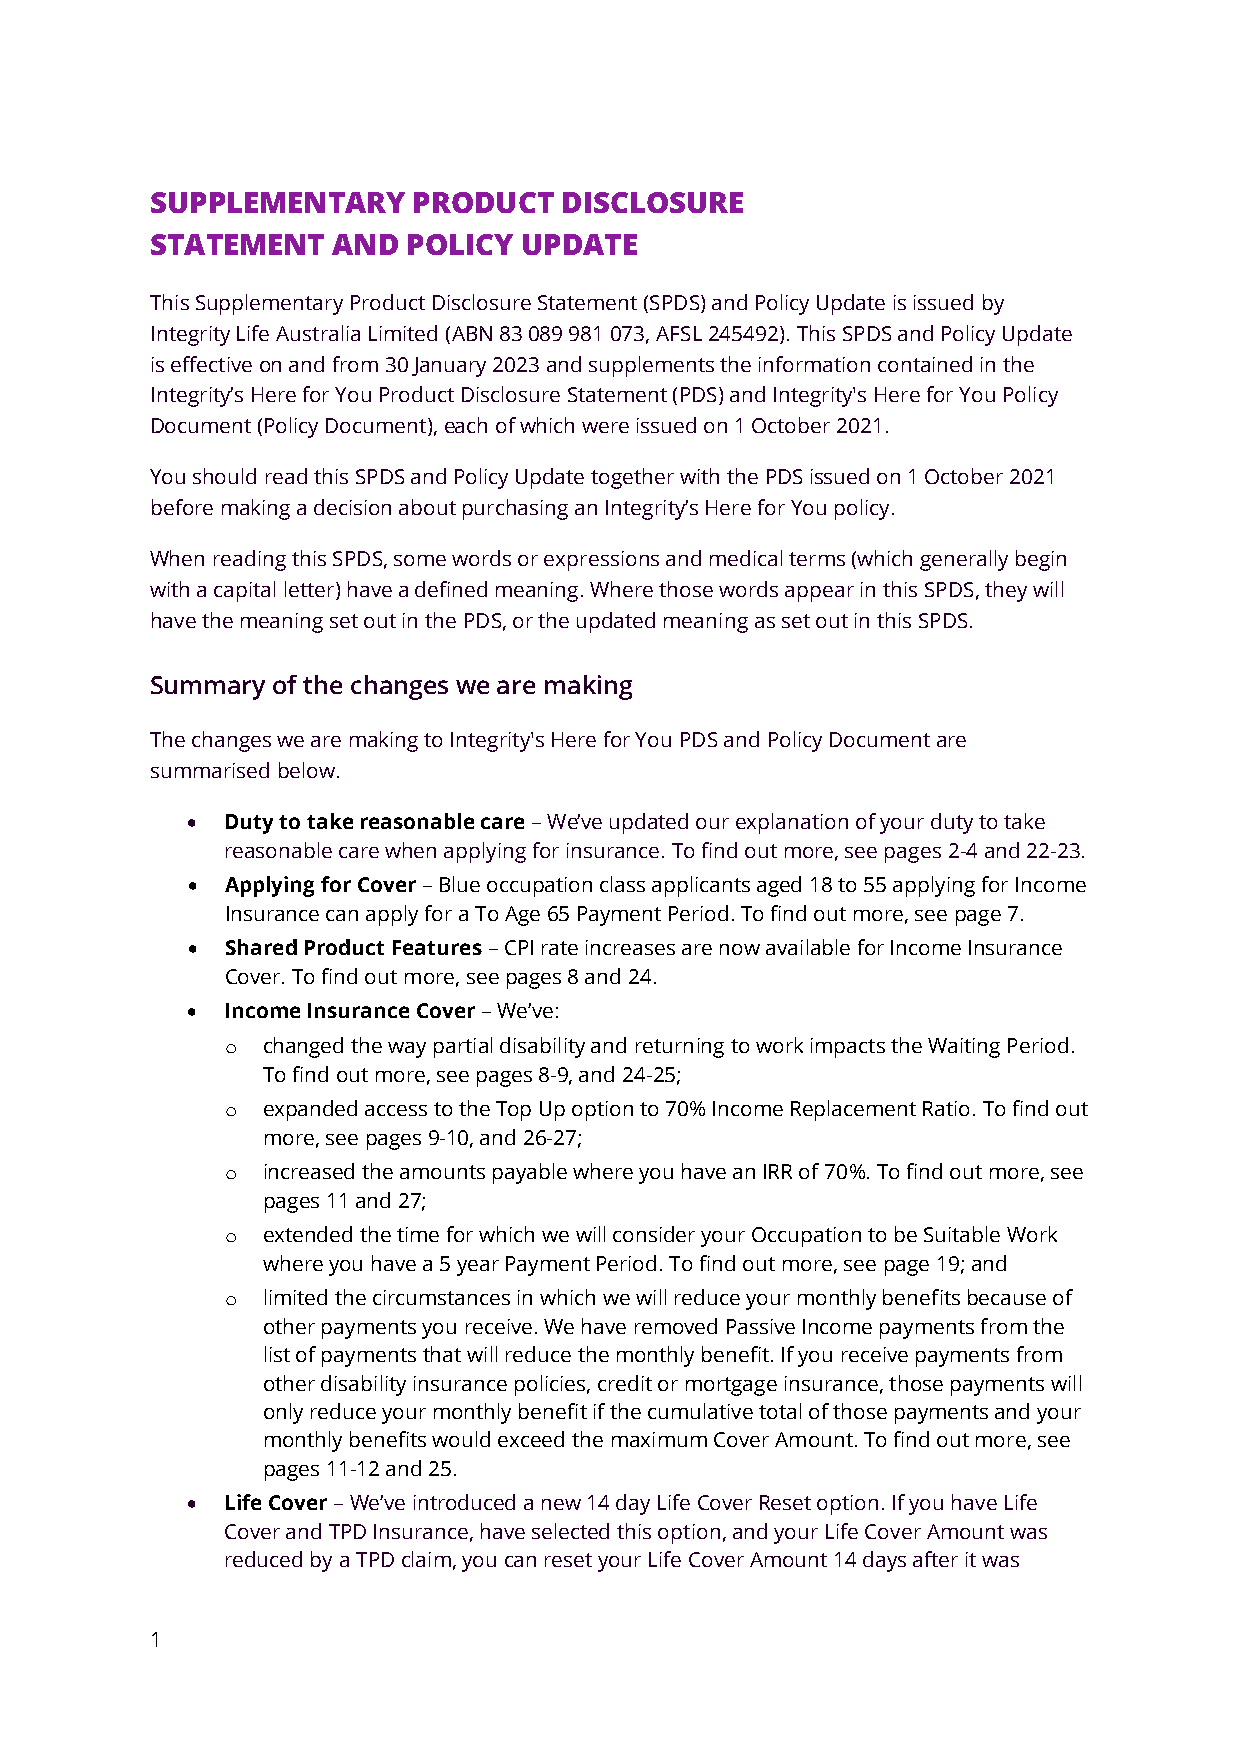
SUPPLEMENTARY    PRODUCT   DISCLOSURE
 STATEMENT   AND  POLICY UPDATE
 This Supplementary Product Disclosure Statement (SPDS) and Policy Update is issued by
 Integrity Life Australia Limited (ABN 83 089 981 073, AFSL 245492). This SPDS and Policy Update
 is effective on and from 30 January 2023 and supplements the information contained in the
 Integrity’s Here for You Product Disclosure Statement (PDS) and Integrity's Here for You Policy
 Document (Policy Document), each of which were issued on 1 October 2021.
 You should read this SPDS and Policy Update together with the PDS issued on 1 October 2021
 before making a decision about purchasing an Integrity’s Here for You policy.
 When reading this SPDS, some words or expressions and medical terms (which generally begin
 with a capital letter) have a defined meaning. Where those words appear in this SPDS, they will
 have the meaning set out in the PDS, or the updated meaning as set out in this SPDS.
 Summary of the changes we are making
 The changes we are making to Integrity's Here for You PDS and Policy Document are
 summarised below.
 •  Duty to take reasonable care – We’ve updated our explanation of your duty to take
 reasonable care when applying for insurance. To find out more, see pages 2-4 and 22-23.
 •  Applying for Cover – Blue occupation class applicants aged 18 to 55 applying for Income
 Insurance can apply for a To Age 65 Payment Period. To find out more, see page 7.
 •  Shared Product Features – CPI rate increases are now available for Income Insurance
 Cover. To find out more, see pages 8 and 24.
 •  Income Insurance Cover – We’ve:
 o changed the way partial disability and returning to work impacts the Waiting Period.
 To find out more, see pages 8-9, and 24-25;
 o expanded access to the Top Up option to 70% Income Replacement Ratio. To find out
 more, see pages 9-10, and 26-27;
 o increased the amounts payable where you have an IRR of 70%. To find out more, see
 pages 11 and 27;
 o extended the time for which we will consider your Occupation to be Suitable Work
 where you have a 5 year Payment Period. To find out more, see page 19; and
 o limited the circumstances in which we will reduce your monthly benefits because of
 other payments you receive. We have removed Passive Income payments from the
 list of payments that will reduce the monthly benefit. If you receive payments from
 other disability insurance policies, credit or mortgage insurance, those payments will
 only reduce your monthly benefit if the cumulative total of those payments and your
 monthly benefits would exceed the maximum Cover Amount. To find out more, see
 pages 11-12 and 25.
 •  Life Cover – We’ve introduced a new 14 day Life Cover Reset option. If you have Life
 Cover and TPD Insurance, have selected this option, and your Life Cover Amount was
 reduced by a TPD claim, you can reset your Life Cover Amount 14 days after it was
 1